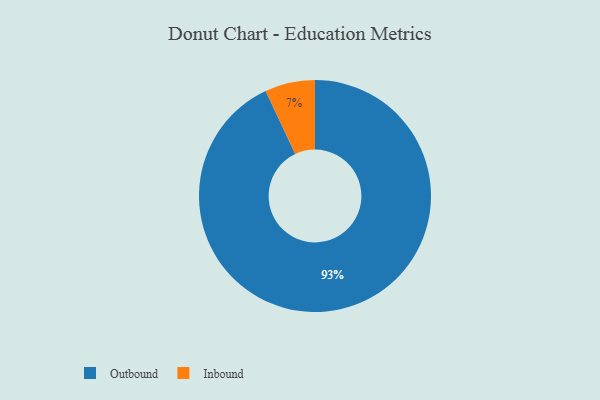
{"axis": {"x": "Category", "y": "Percentage"}, "legend": ["Inbound", "Outbound"], "data": [{"x": "Outbound", "y": 93, "type": "Outbound"}, {"x": "Inbound", "y": 7, "type": "Inbound"}]}